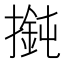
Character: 𢵶